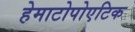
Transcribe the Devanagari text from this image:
हेमाटोपोएटिक